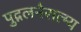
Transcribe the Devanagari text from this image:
पुद्गलनैरात्म्य